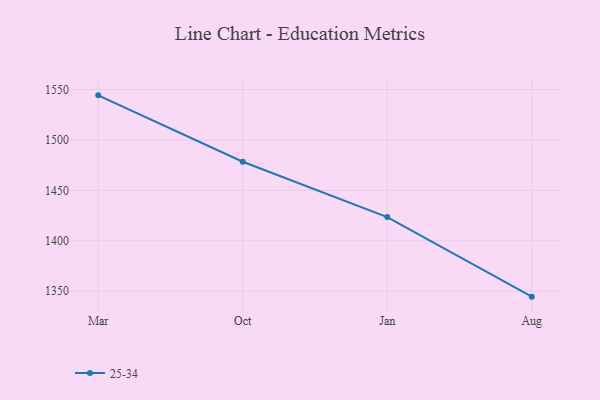
{"axis": {"x": "Month", "y": "Production Output"}, "legend": ["25-34"], "data": [{"x": "Mar", "y": 1544.2, "type": "25-34"}, {"x": "Oct", "y": 1478.3, "type": "25-34"}, {"x": "Jan", "y": 1423.4, "type": "25-34"}, {"x": "Aug", "y": 1344.5, "type": "25-34"}]}